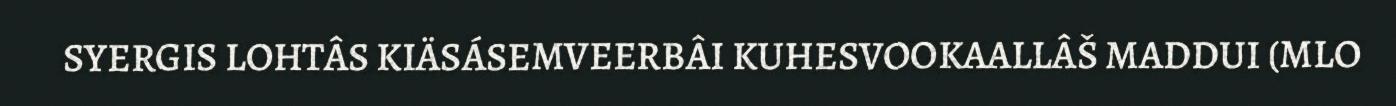
SYERGIS LOHTÂS KIÄSÁSEMVEERBÂI KUHESVOOKAALLÂŠ MADDUI (MLO